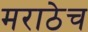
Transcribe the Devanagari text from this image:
मराठेच